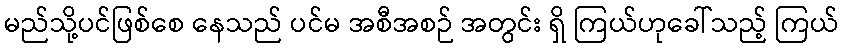
မည်သို့ပင်ဖြစ်စေ နေသည် ပင်မ အစီအစဉ် အတွင်း ရှိ ကြယ်ဟုခေါ်သည့် ကြယ်